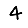
Digit: 4